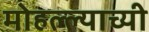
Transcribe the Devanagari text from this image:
मोहल्ल्याच्यी